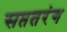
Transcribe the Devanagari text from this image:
सप्ततरंग